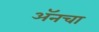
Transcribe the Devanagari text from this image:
अॅनचा